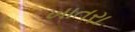
ખાતરા